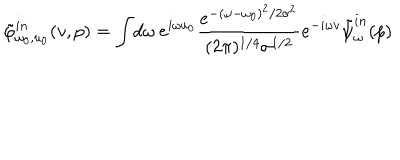
\tilde { \varphi } _ { \omega _ { 0 } , u _ { 0 } } ^ { i n } ( v , p ) = \int \! d \omega \ e ^ { i \omega u _ { 0 } } { \frac { e ^ { - ( \omega - \omega _ { 0 } ) ^ { 2 } / 2 \sigma ^ { 2 } } } { ( { 2 \pi } ) ^ { 1 / 4 } \sigma ^ { 1 / 2 } } } e ^ { - i \omega v } { \tilde { \psi } } _ { \omega } ^ { i n } ( p )